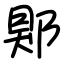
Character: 郹